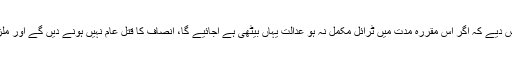
جسٹس اعجاز الاحسن نے ریمارکس دیے کہ اگر اس مقررہ مدت میں ٹرائل مکمل نہ ہو عدالت یہاں بیٹھی ہے آجائیے گا، انصاف کا قتل عام نہیں ہونے دیں گے اور ملزمان کے حقوق کا تحظ کریں گے۔